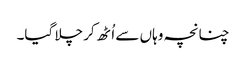
چنانچہ وہاں سے اُٹھ کر چلا گیا۔